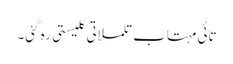
تائی مہتاب تلملاتی کلیستی رہ گئی۔